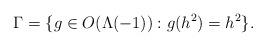
LaTeX: \begin{align*}\Gamma = \{g \in O(\Lambda(-1)) : g(h^2) = h^2\}.\end{align*}